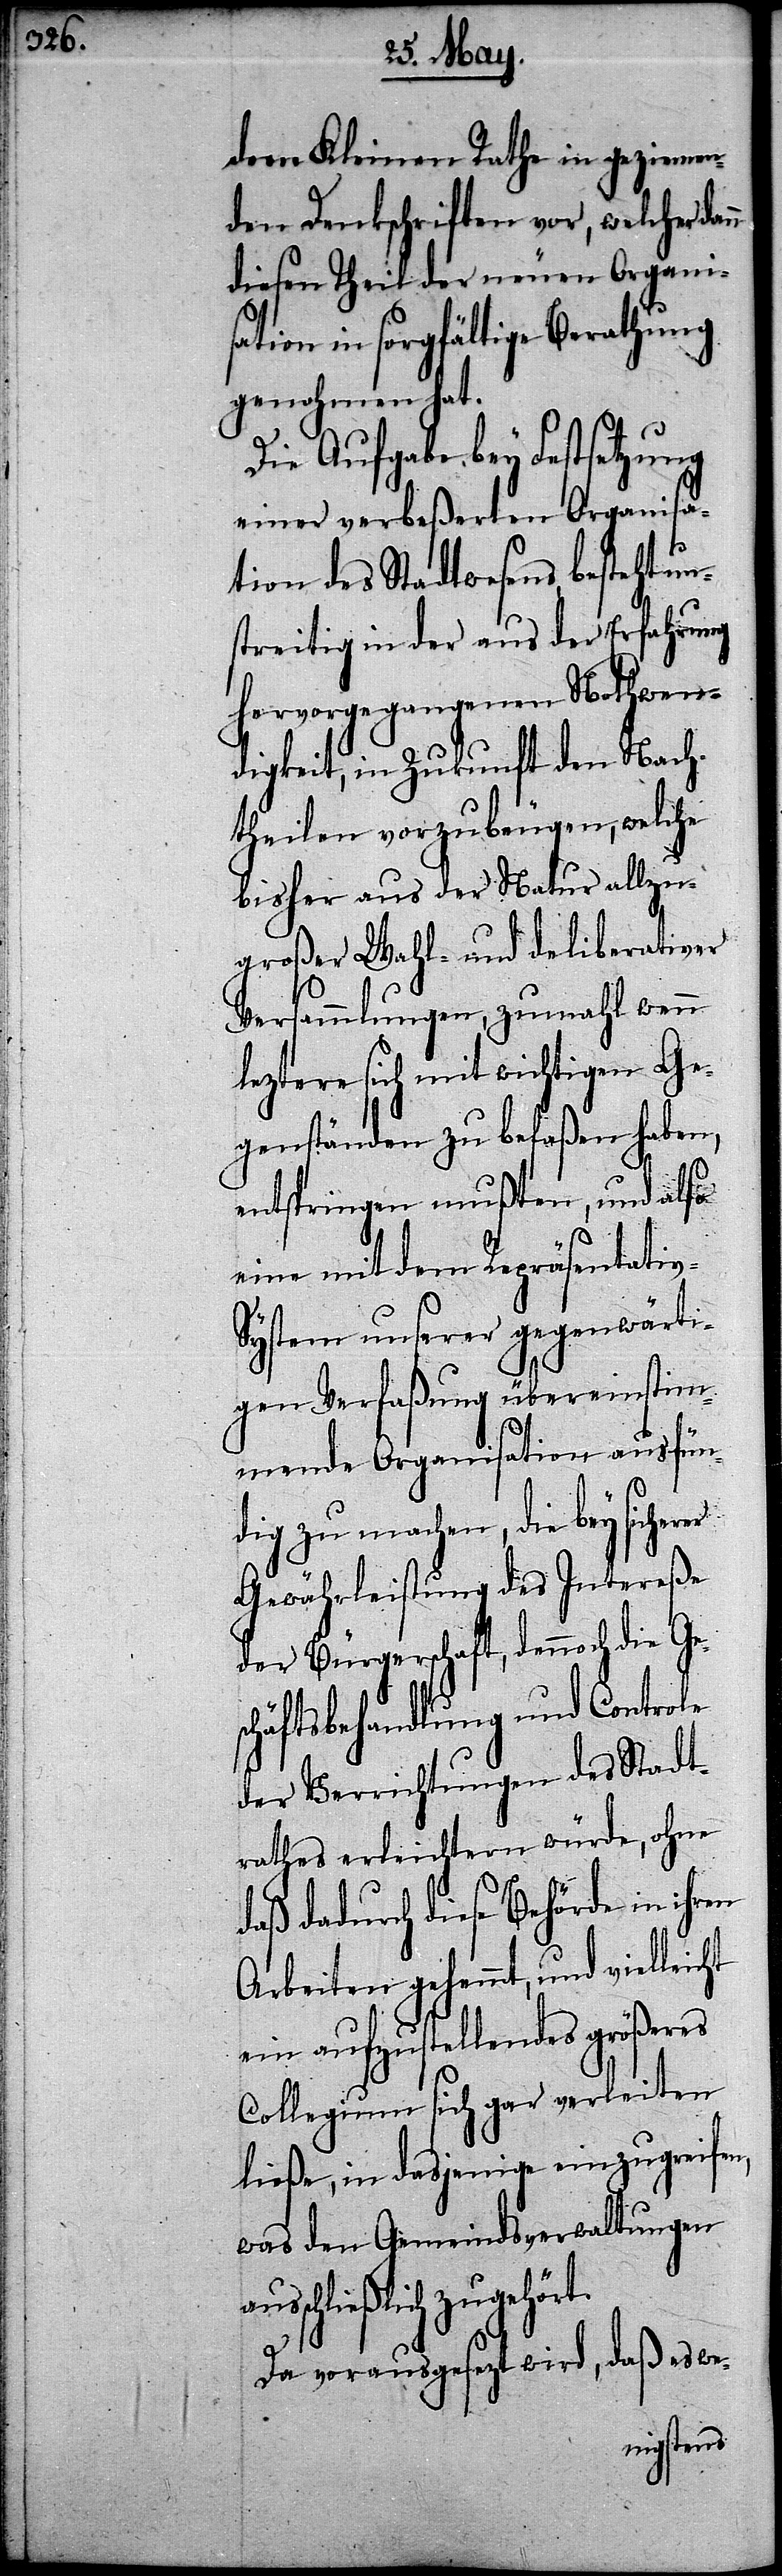
dem Kleinen Rathe in geziemen¬
den Denkschriften vor, welcher dan¬
diesen Theil der neuen Organis¬
ation in sorgfältige Berathung
genohmen hat.
Die Aufgabe bey Festsetzung
einer verbeßerten Organisa¬
tion des Stadtwesens, besteht u¬
streitig in der aus der Erfahrung
hervorgegangenen Nothwen¬
digkeit, in Zukunft den Nach¬
theilen vorzubeugen, welche
bisher aus der Natur allzu¬
großer Wahl- und deliberativer
Versammlungen, zumahl wenn
leztere sich mit wichtigen Ge¬
genständen zu befaßen haben,
aus¬
entspringen mußten, und also
eine mit dem Repräsentati¬
ystem unserer gegenwärti¬
gen Verfaßung übereinstim¬
mende Organisation ausfün¬
dig zu machen, die bey
Gewährleistung des Intereße
der Bürgerschaft, dennoch die Ges¬
chäftsbehandlung und Controle
der Verrichtungen des Stadt¬
rathes erleichtern würde, ohne
daß dadurch diese Behörde in ihren
Arbeiten gehemmt, und vielleicht
ein aufzustellendes größeres
Collegium sich gar verleiten
ließe, in dasjenige einzugreifen,
was den Gemeindsverwaltungen
schließlich zugehört.
Da vorausgesezt wird, daß es we-